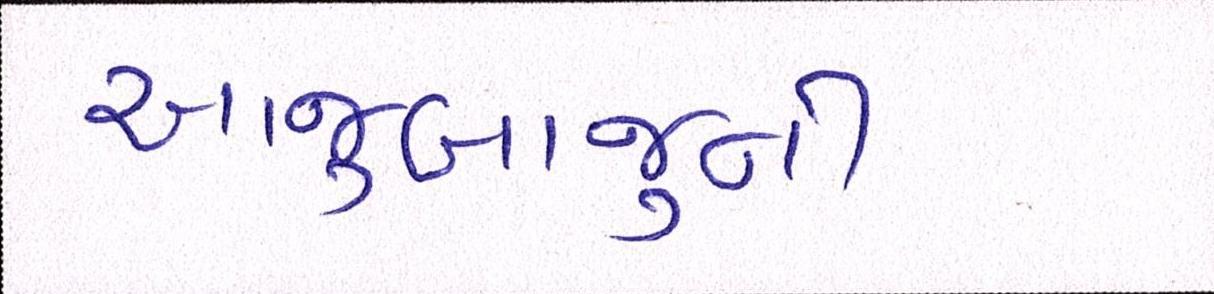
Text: આજુબાજુની